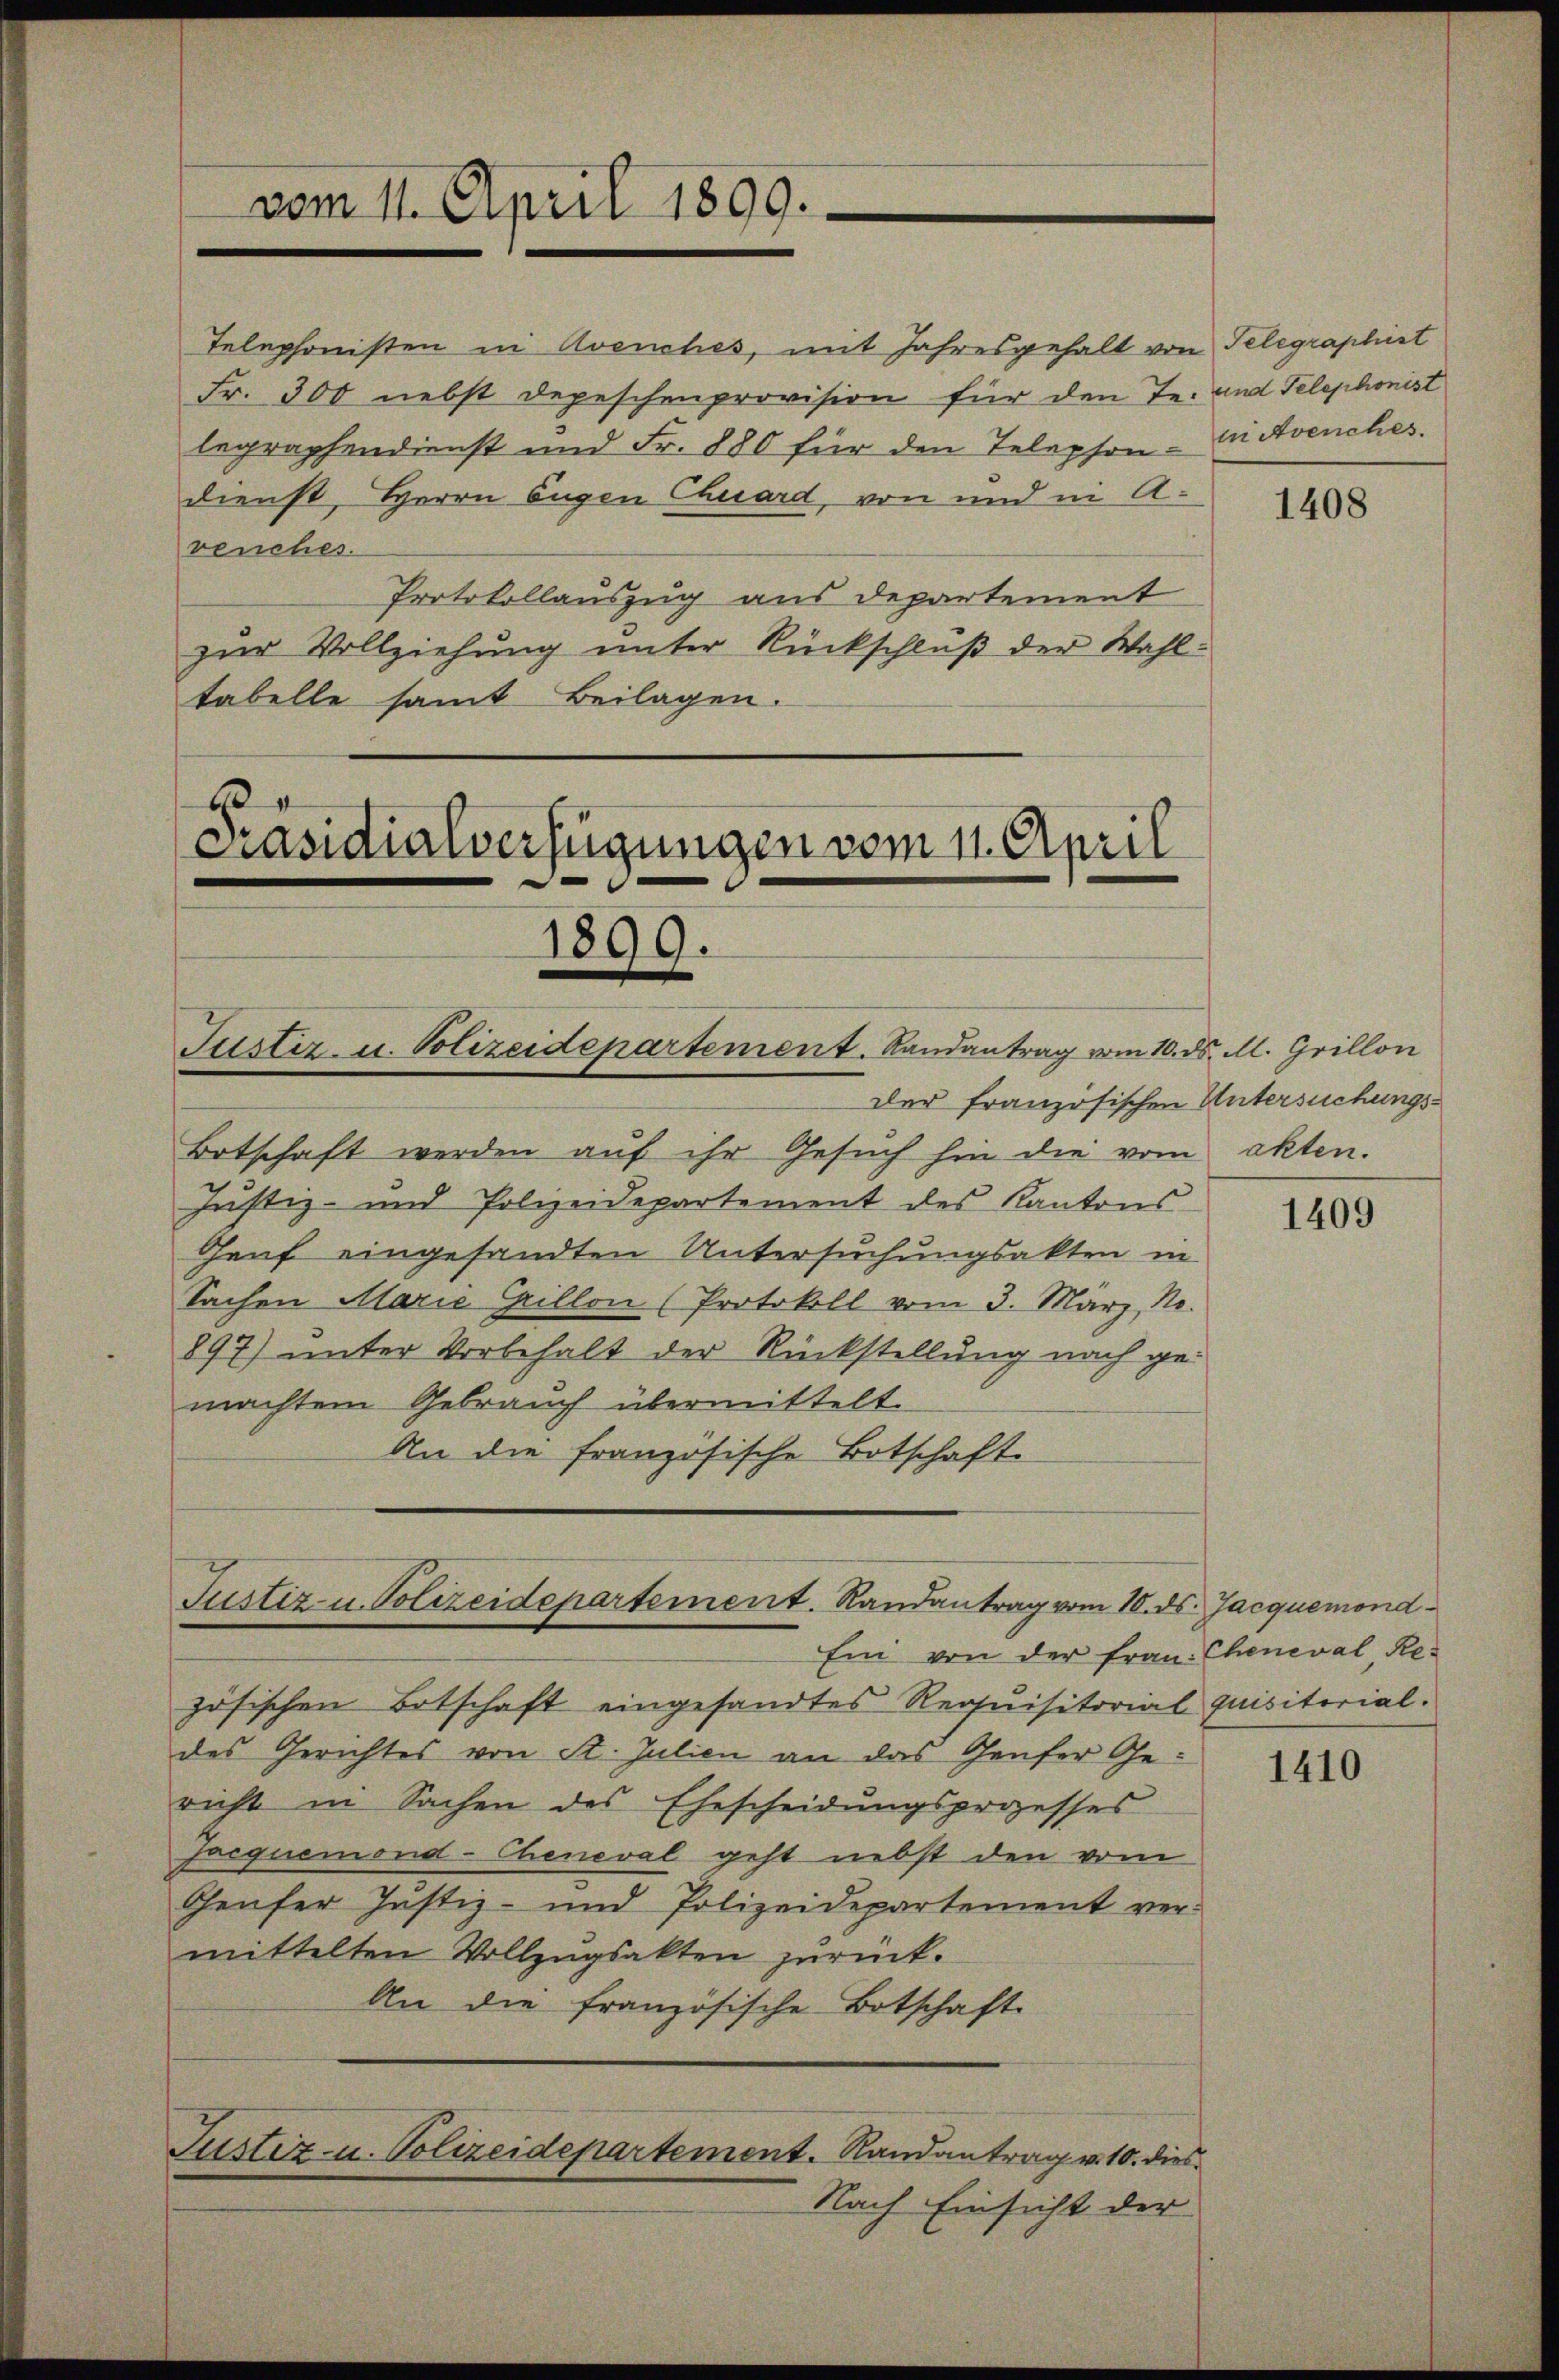
Telephonisten in Avenches, mit Jahresgehalt von Telegraphist
Fr. 300 nebst Depeschenprovision für den Te- und Telephonist
legraphendienst und Fr. 880 für den Telephon-Avenches.
Dienst, Herrn Eugen Chuard, von und in A
venches.
Protokollauszug aus departement
zur Vollziehung unter Rückschluß der Wahltabelle samt Beilagen.

vom 11. April 1899.

E
Präsidialverfügungen vom 11. April
1899.
Justiz- u. Polizeidepartement. Randantrag vom 10. ds. M. Grillon

Justiz u. Polizeidepartement. Randantrag vom 10. ds. Jacquemond-
Ein von der Frau: Cheneval, Re¬

Justiz- u. Polizeidepartement. Randantrag v. 10. dies

Der französischen Untersuchungs¬
Botschaft werden aŭf ihr Gesŭch hin die vom akten.
Justiz- und Polizeidepartement des Kantons
Genf eingesandten Untersuchungsakten in
Sachen Marie Grillon (Protokoll vom 3. März, No.
897) unter Vorbehalt der Rückstellung nach gemachten Gebrauch übermittelt
An die französische Botschaft

zösischen Botschaft eingesandtes Requisitorial quisitorial.
des Gerichtes von St. Julien an das Genfer Gericht in Sachen des Ehescheidungsprozesses
sacquemond-Cheneval geht nebst den vom
Genfer Justiz- und Polizeidepartement ver-
mittelten Vollzugsakten zurück.
An die französische Botschaft

Nach Einsicht der

1408

1409

1410